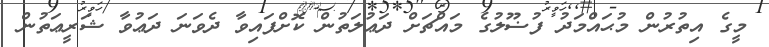
މީގެ އިތުރުން މުޙައްމަދު ފުޟޫލުގެ މައްޗަށް ދަޢުލަތުން ކޮށްފައިވާ ދެވަނަ ދަޢުވާ ޝަރީޢަތުން